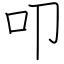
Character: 叩